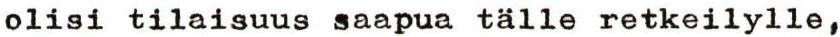
olisi tilaisuus saapua tälle retkeilylle,